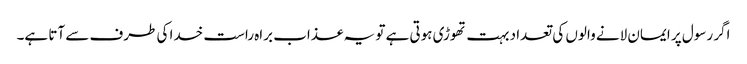
اگر رسول پر ایمان لانے والوں کی تعداد بہت تھوڑی ہوتی ہے تو یہ عذاب براہ راست خدا کی طرف سے آتا ہے۔